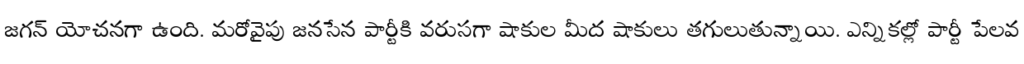
జగన్ యోచనగా ఉంది. మరోవైపు జనసేన పార్టీకి వరుసగా షాకుల మీద షాకులు తగులుతున్నాయి. ఎన్నికల్లో పార్టీ పేలవ